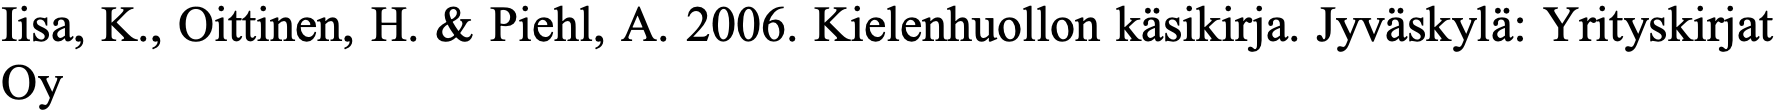
Iisa, K., Oittinen, H. & Piehl, A. 2006. Kielenhuollon käsikirja. Jyväskylä: Yrityskirjat Oy